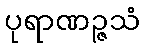
ပုရာဏဉ္ဇသံ